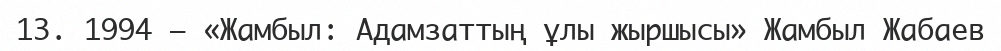
13. 1994 — «Жамбыл: Адамзаттың ұлы жыршысы» Жамбыл Жабаев